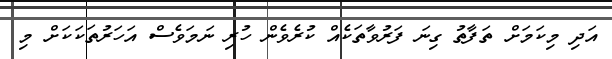
އަދި މިކަމަށް ތަފާތު ގިނަ ފަރުވާތަކެއް ކުރެވެން ހުރި ނަމަވެސް އަހަރުތަކަކަށް މި